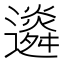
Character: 䢯